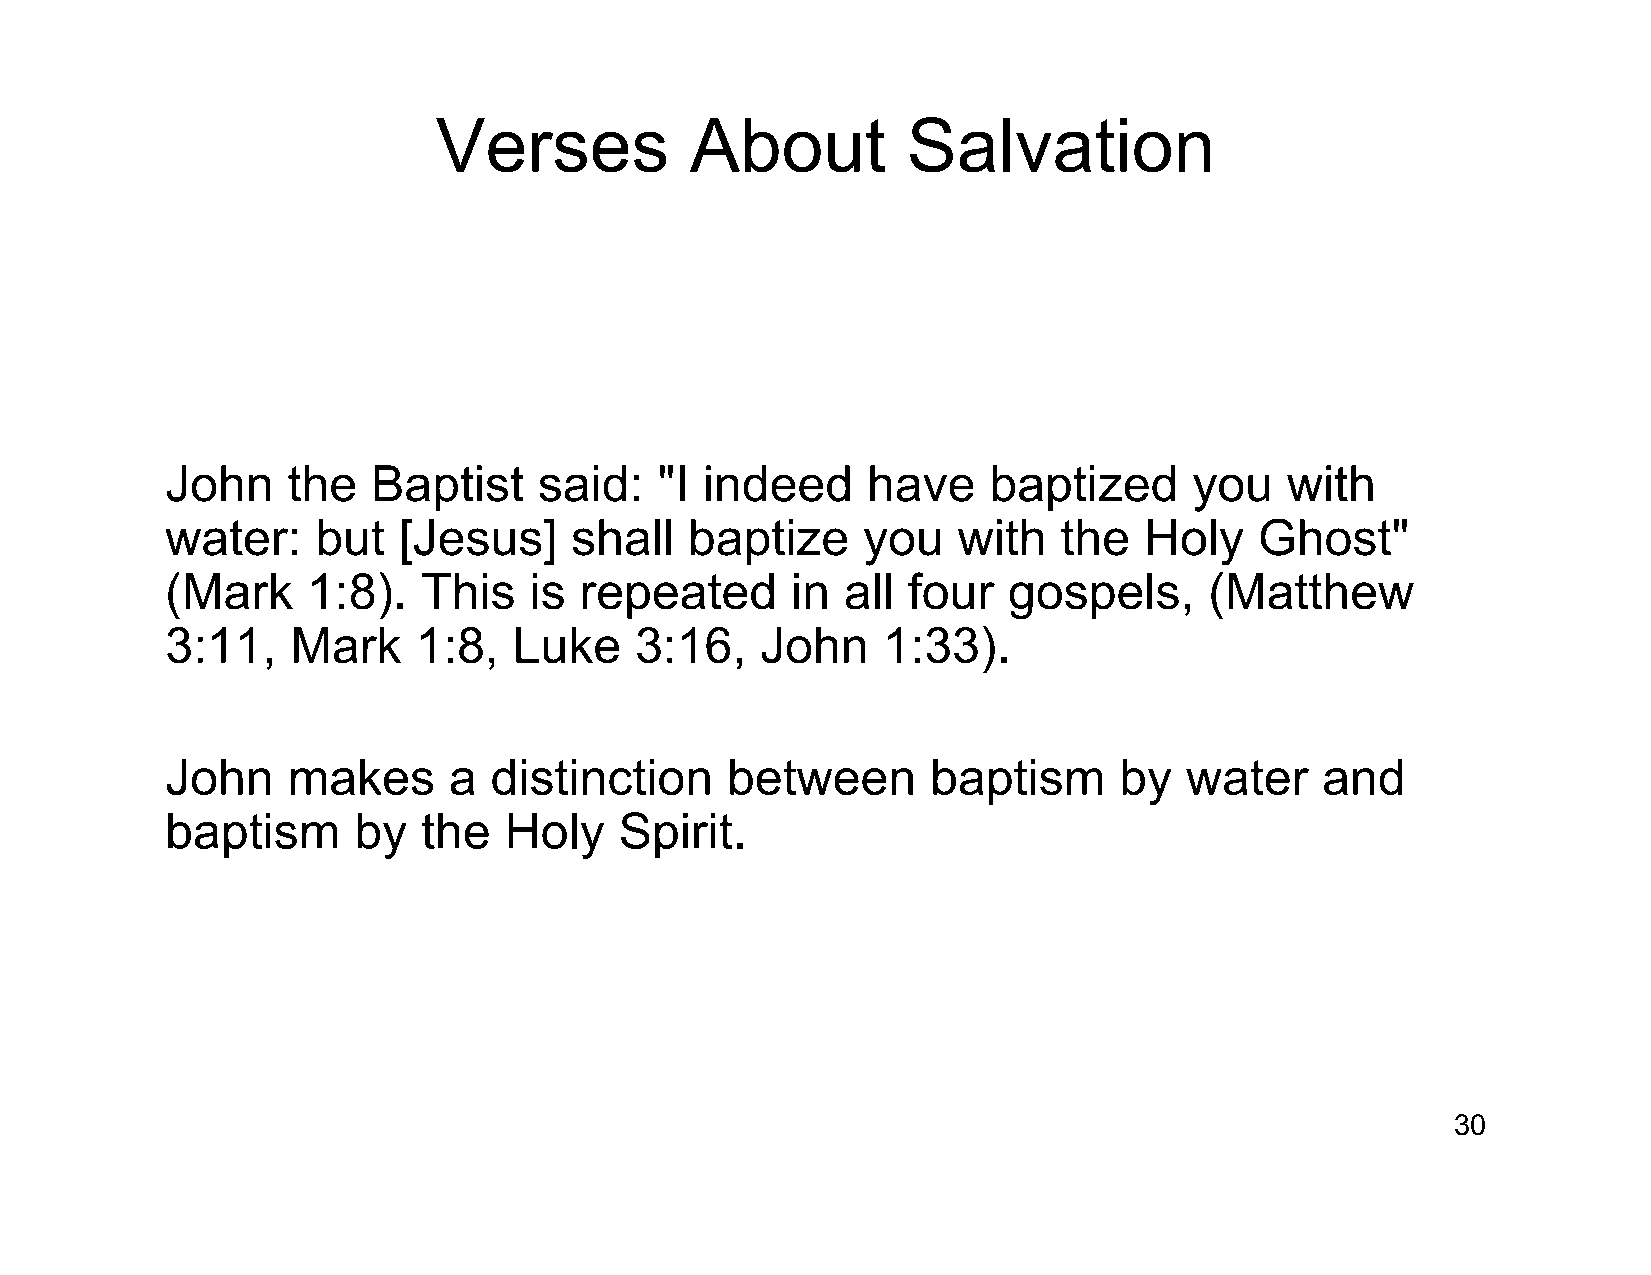
Verses           About         Salvation
 John    the   Baptist    said:  "I  indeed    have    baptized      you   with
 water:    but  [Jesus]     shall   baptize    you   with   the   Holy   Ghost"
 (Mark    1:8).   This   is repeated      in  all four   gospels,     (Matthew
 3:11,   Mark    1:8,   Luke    3:16,   John    1:33).
 John    makes      a distinction     between       baptism     by  water    and
 baptism     by   the  Holy    Spirit.
 30